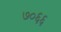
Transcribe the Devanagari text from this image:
७०६६